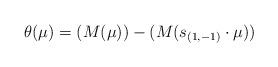
LaTeX: \begin{align*} \theta(\mu)=(M(\mu))-(M(s_{(1,-1)}\cdot\mu))\end{align*}